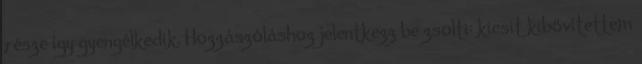
része így gyengélkedik. Hozzászóláshoz jelentkezz be zsolti: kicsit kibővítettem